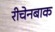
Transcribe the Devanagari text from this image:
रीचेनबाक